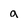
Character: a